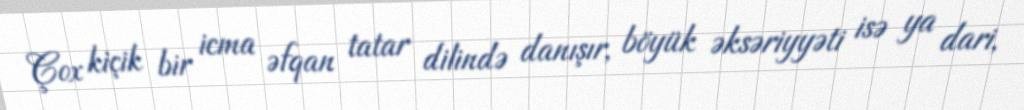
Çox kiçik bir icma əfqan tatar dilində danışır, böyük əksəriyyəti isə ya dari,